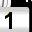
Digit: 1